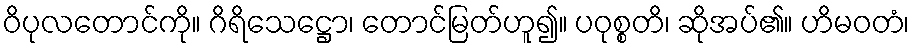
ဝိပုလတောင်ကို။ ဂိရိသေဋ္ဌော၊ တောင်မြတ်ဟူ၍။ ပဝုစ္စတိ၊ ဆိုအပ်၏။ ဟိမဝတံ၊